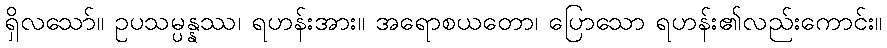
ရှိလသော်။ ဥပသမ္ပန္နဿ၊ ရဟန်းအား။ အရောစယတော၊ ပြောသော ရဟန်း၏လည်းကောင်း။